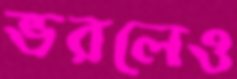
ভরলেও